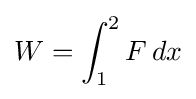
W=\int _{1}^{2}F\,dx